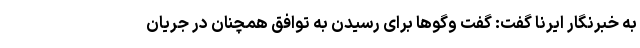
به خبرنگار ایرنا گفت: گفت وگوها برای رسیدن به توافق همچنان در جریان